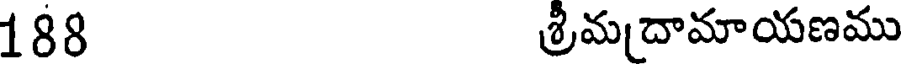
188 శ్రీమదామాయణము